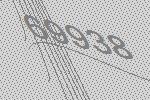
69938